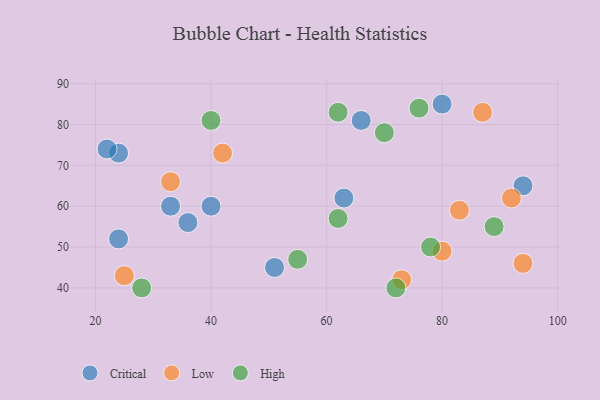
{"axis": {"x": "GDP", "y": "Life Expectancy"}, "legend": ["Critical", "High", "Low"], "data": [{"x": "24", "y": 73, "type": "Critical"}, {"x": "80", "y": 85, "type": "Critical"}, {"x": "36", "y": 56, "type": "Critical"}, {"x": "94", "y": 65, "type": "Critical"}, {"x": "22", "y": 74, "type": "Critical"}, {"x": "33", "y": 60, "type": "Critical"}, {"x": "24", "y": 52, "type": "Critical"}, {"x": "63", "y": 62, "type": "Critical"}, {"x": "40", "y": 60, "type": "Critical"}, {"x": "51", "y": 45, "type": "Critical"}, {"x": "66", "y": 81, "type": "Critical"}, {"x": "73", "y": 42, "type": "Low"}, {"x": "94", "y": 46, "type": "Low"}, {"x": "42", "y": 73, "type": "Low"}, {"x": "83", "y": 59, "type": "Low"}, {"x": "92", "y": 62, "type": "Low"}, {"x": "33", "y": 66, "type": "Low"}, {"x": "80", "y": 49, "type": "Low"}, {"x": "25", "y": 43, "type": "Low"}, {"x": "87", "y": 83, "type": "Low"}, {"x": "62", "y": 57, "type": "High"}, {"x": "28", "y": 40, "type": "High"}, {"x": "72", "y": 40, "type": "High"}, {"x": "78", "y": 50, "type": "High"}, {"x": "76", "y": 84, "type": "High"}, {"x": "40", "y": 81, "type": "High"}, {"x": "89", "y": 55, "type": "High"}, {"x": "70", "y": 78, "type": "High"}, {"x": "62", "y": 83, "type": "High"}, {"x": "55", "y": 47, "type": "High"}]}